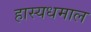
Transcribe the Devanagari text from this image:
हास्यधमाल